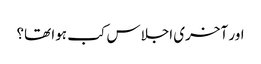
اور آخری اجلاس کب ہوا تھا؟